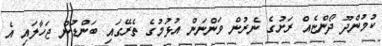
ކުމުންދޫ ދޯންޏެއް ރަށުގެ ނެރުން ވަންނަން އުޅުމުގެ ތެރޭގައި ބަންޑުން ޖަހާލައި އެ